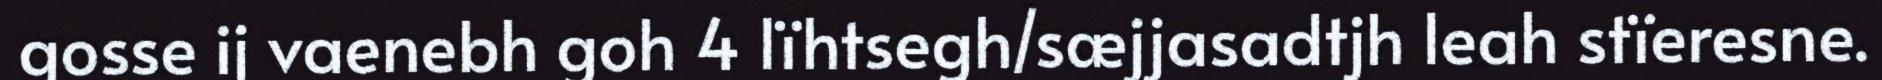
gosse ij vaenebh goh 4 lïhtsegh/sæjjasadtjh leah stïeresne.